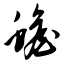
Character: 蟾